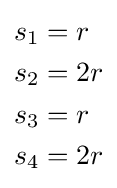
{\begin{aligned}s_{1}&=r\\s_{2}&=2r\\s_{3}&=r\\s_{4}&=2r\end{aligned}}